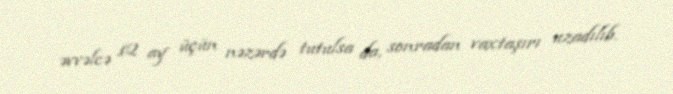
əvvəlcə 12 ay üçün nəzərdə tutulsa da, sonradan vaxtaşırı uzadılıb.